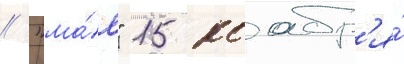
// "ма́я" 15 ноабр'я́